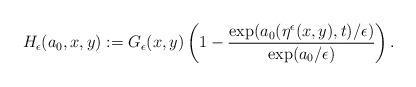
LaTeX: \begin{align*}H_\epsilon(a_0,x,y) :=G_\epsilon(x,y)\left(1 - \frac{\exp(a_0(\eta^\epsilon(x,y),t)/\epsilon)}{\exp(a_0/\epsilon)} \right) .\end{align*}